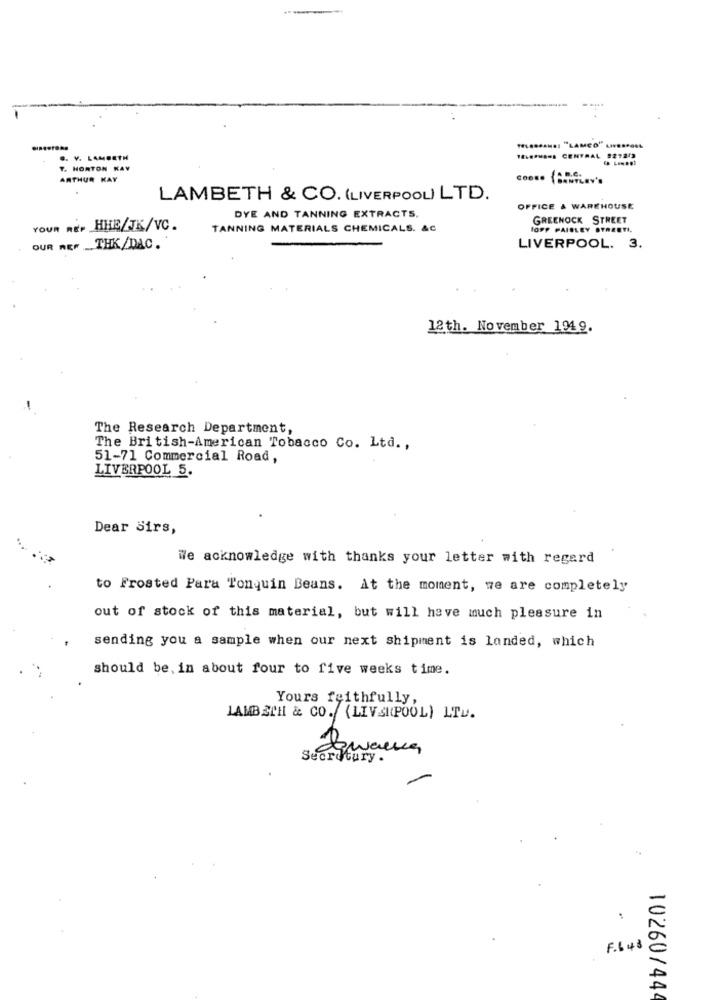
TEL ......: "LAMCO" LIFESPOL
.. V. LAMBETH
1 ..****** CENTRAL 9272/3
T. HORTON KAY
ARTHUR KAY
BANTLEY'S
LAMBETH & CO. (LIVERPOOL) LTD.
OFFICE & WAREHOUSE
DYE AND TANNING EXTRACTS.
GREENOCK STREET
YOUR REP HHE/JK/VC.
TANNING MATERIALS CHEMICALS. &C
fOPP PAISLEY STREETI,
OUR REF _THK/DAC.
LIVERPOOL. 3.
12th. November 1949.
The Research Department,
The British-American Tobacco Co. Ltd .,
51-71 Commercial Road,
LIVERPOOL 5.
Dear Sirs,
We acknowledge with thanks your letter with regard
to Frosted Para Tonquin Beans. At the moment, we are completely
out of stock of this material, but will have much pleasure in
sending you a sample when our next shipment is landed, which
should be, in about four to five weeks time.
Yours faithfully,
LAMBETH & CO. (LIVSKPOOL) LTD.
Secretary.
F.643
10260/444